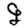
Digit: 9